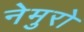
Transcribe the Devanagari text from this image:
नेमुरो